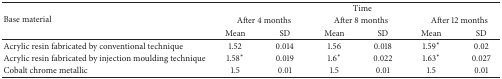
<table><thead><tr><td rowspan="3"><b>Base material</b></td><td colspan="6"><b>Time</b></td></tr><tr><td colspan="2"><b>After 4 months</b></td><td colspan="2"><b>After 8 months</b></td><td colspan="2"><b>After 12 months</b></td></tr><tr><td><b>Mean</b></td><td><b>SD</b></td><td><b>Mean</b></td><td><b>SD</b></td><td><b>Mean</b></td><td><b>SD</b></td></tr></thead><tbody><tr><td>Acrylic resin fabricated by conventional technique</td><td>1.52</td><td>0.014</td><td>1.56</td><td>0.018</td><td>1.59<sup><i>∗</i></sup></td><td>0.02</td></tr><tr><td>Acrylic resin fabricated by injection moulding technique </td><td>1.58<sup><i>∗</i></sup></td><td>0.019</td><td>1.6<sup><i>∗</i></sup></td><td>0.022</td><td>1.63<sup><i>∗</i></sup></td><td>0.027</td></tr><tr><td>Cobalt chrome metallic </td><td>1.5</td><td>0.01</td><td>1.5</td><td>0.01</td><td>1.5</td><td>0.01</td></tr></tbody></table>